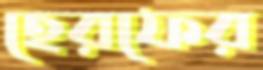
হেরফের